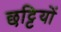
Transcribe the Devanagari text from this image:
छट्टियों